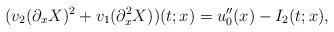
LaTeX: \begin{align*}(v_2(\partial_xX)^2+v_1(\partial_x^2X))(t;x)=u^{\prime\prime}_0(x)-I_2(t;x),\end{align*}